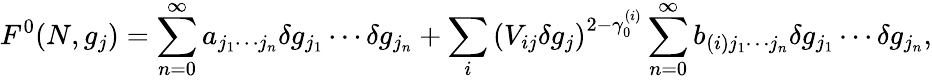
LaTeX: F^{0}(N,g_{j})=\sum_{n=0}^{\infty}a_{j_{1}\cdots j_{n}}\delta g_{j_{1}}\cdots\delta g_{j_{n}}+\sum_{i}\left(V_{ij}\delta g_{j}\right)^{2-\gamma_{0}^{(i)}}\sum_{n=0}^{\infty}b_{(i)j_{1}\cdots j_{n}}\delta g_{j_{1}}\cdots\delta g_{j_{n}},